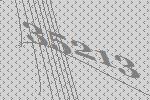
35213